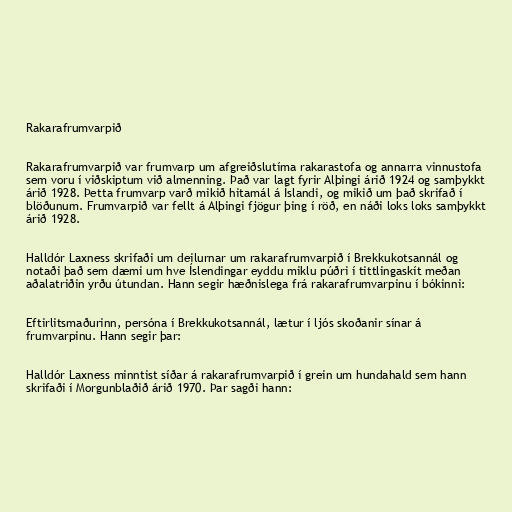
Rakarafrumvarpið

Rakarafrumvarpið var frumvarp um afgreiðslutíma rakarastofa og annarra vinnustofa
sem voru í viðskiptum við almenning. Það var lagt fyrir Alþingi árið 1924 og samþykkt
árið 1928. Þetta frumvarp varð mikið hitamál á Íslandi, og mikið um það skrifað í
blöðunum. Frumvarpið var fellt á Alþingi fjögur þing í röð, en náði loks loks samþykkt
árið 1928.

Halldór Laxness skrifaði um deilurnar um rakarafrumvarpið í Brekkukotsannál og
notaði það sem dæmi um hve Íslendingar eyddu miklu púðri í tittlingaskít meðan
aðalatriðin yrðu útundan. Hann segir hæðnislega frá rakarafrumvarpinu í bókinni:

Eftirlitsmaðurinn, persóna í Brekkukotsannál, lætur í ljós skoðanir sínar á
frumvarpinu. Hann segir þar:

Halldór Laxness minntist síðar á rakarafrumvarpið í grein um hundahald sem hann
skrifaði í Morgunblaðið árið 1970. Þar sagði hann: